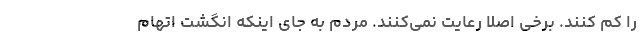
را کم کنند. برخی اصلا رعایت نمی‌کنند. مردم به جای اینکه انگشت اتهام